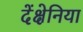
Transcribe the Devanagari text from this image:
देंक्षेनिया